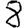
Digit: 8